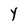
Character: Y